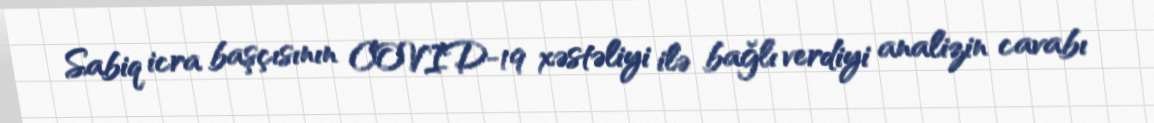
Sabiq icra başçısının COVID-19 xəstəliyi ilə bağlı verdiyi analizin cavabı